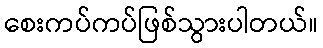
စေးကပ်ကပ်ဖြစ်သွားပါတယ်။